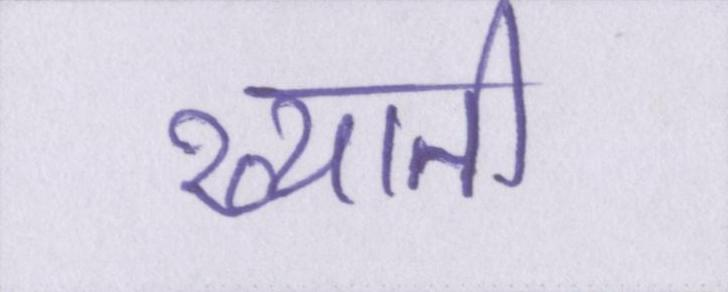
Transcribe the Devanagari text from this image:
ख्याती